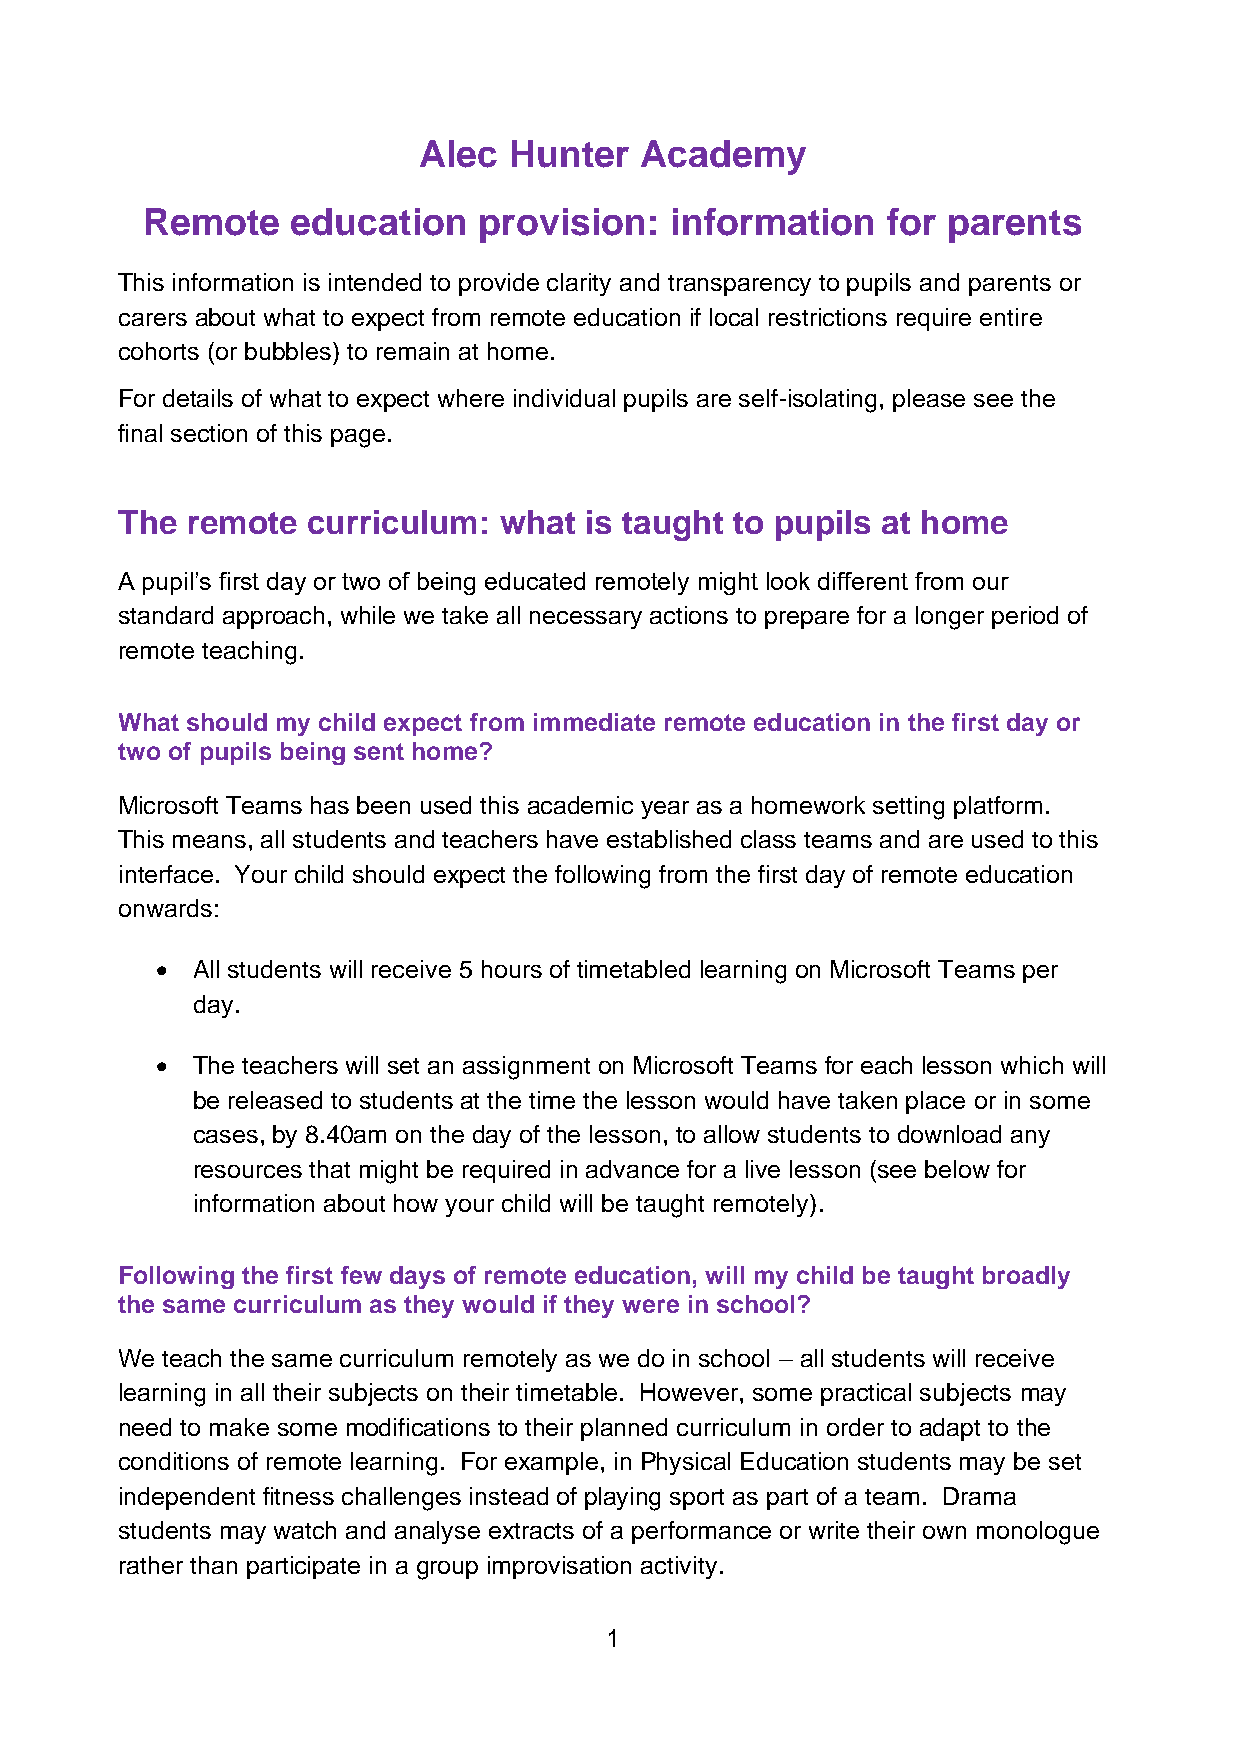
Alec  Hunter  Academy
 Remote    education    provision:  information    for parents
 This information is intended to provide clarity and transparency to pupils and parents or
 carers about what to expect from remote education if local restrictions require entire
 cohorts (or bubbles) to remain at home.
 For details of what to expect where individual pupils are self-isolating, please see the
 final section of this page.
 The remote  curriculum:  what  is taught to pupils at home
 A pupil’s first day or two of being educated remotely might look different from our
 standard approach, while we take all necessary actions to prepare for a longer period of
 remote teaching.
 What should my child expect from immediate remote education in the first day or
 two of pupils being sent home?
 Microsoft Teams has been used this academic year as a homework setting platform.
 This means, all students and teachers have established class teams and are used to this
 interface. Your child should expect the following from the first day of remote education
 onwards:
 •  All students will receive 5 hours of timetabled learning on Microsoft Teams per
 day.
 •  The teachers will set an assignment on Microsoft Teams for each lesson which will
 be released to students at the time the lesson would have taken place or in some
 cases, by 8.40am on the day of the lesson, to allow students to download any
 resources that might be required in advance for a live lesson (see below for
 information about how your child will be taught remotely).
 Following the first few days of remote education, will my child be taught broadly
 the same curriculum as they would if they were in school?
 We teach the same curriculum remotely as we do in school – all students will receive
 learning in all their subjects on their timetable. However, some practical subjects may
 need to make some modifications to their planned curriculum in order to adapt to the
 conditions of remote learning. For example, in Physical Education students may be set
 independent fitness challenges instead of playing sport as part of a team. Drama
 students may watch and analyse extracts of a performance or write their own monologue
 rather than participate in a group improvisation activity.
 1